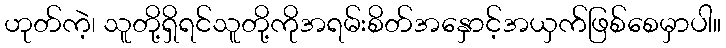
ဟုတ်ကဲ့၊ သူတို့ရှိရင်သူတို့ကိုအရမ်းစိတ်အနှောင့်အယှက်ဖြစ်စေမှာပါ။